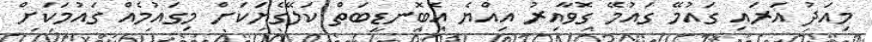
މިއަދު އަރައި ގައުމޭ ގައުމޭ ގޮވާއިރު އިއްޔެ އެބޮނޑިބަތް ކަލޭގެޔަކަށް މިގައުމެއް ގައުމަކަށް